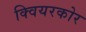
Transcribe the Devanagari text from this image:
क्वियरकोर